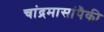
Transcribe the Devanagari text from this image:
चांद्रमासांपैकी